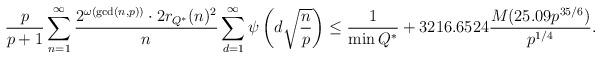
LaTeX: \begin{align*} \dfrac{p}{p+1} \displaystyle\sum_{n=1}^\infty \dfrac{2^{\omega(\gcd(n,p))} \cdot 2r_{Q^\ast}(n)^2}{n} \displaystyle\sum_{d=1}^\infty \psi \left( d\sqrt{\dfrac{n}{p}} \right) \leq \frac{1}{\min Q^{*}} + 3216.6524 \frac{M(25.09p^{35/6})}{p^{1/4}}.\end{align*}